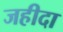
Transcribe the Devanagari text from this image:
जहीदा